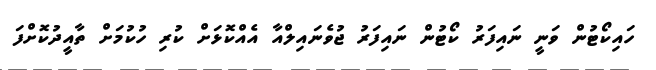
ހައިކޯޓުން ވަނީ ނައިފަރު ކޯޓުން ނައިފަރު ޖުވެނައިލްއާ އެއްކޮޅަށް ކުރި ހުކުމަށް ތާއީދުކޮށްފަ